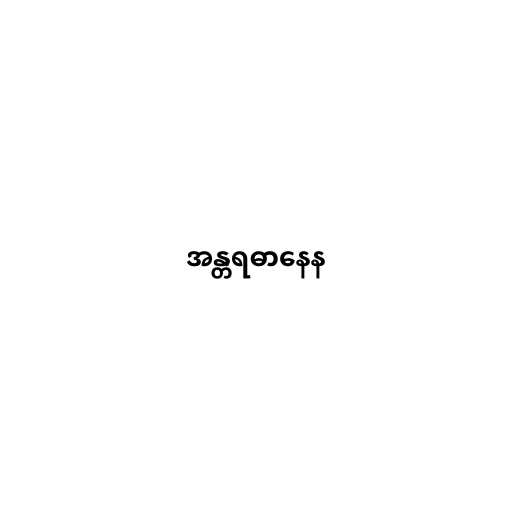
အန္တရဓာနေန